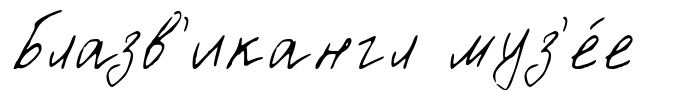
Блазв'икангл муз'е́е